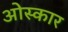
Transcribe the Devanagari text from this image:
ओस्कार